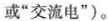
或”交流电”)。